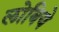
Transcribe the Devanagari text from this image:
लोबिये